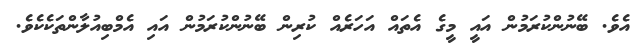
އެވެ. ބޭނުންކުރަމުން އައީ މީގެ އެތައް އަހަރެއް ކުރިން ބޭނުންކުރަމުން އައި އެމްބިއުލާންތަކެކެވެ.